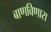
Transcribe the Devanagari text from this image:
बाणविणारा